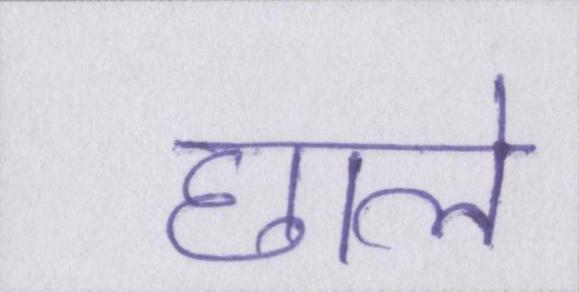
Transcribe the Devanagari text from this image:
छाले